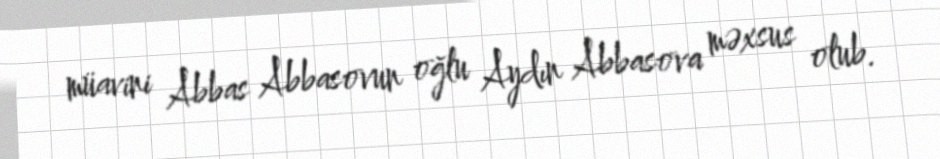
müavini Abbas Abbasovun oğlu Aydın Abbasova məxsus olub.